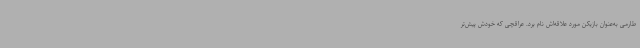
طارمی به‌عنوان بازیکن مورد علاقه‌اش نام برد. عراقچی که خودش پیش‌تر